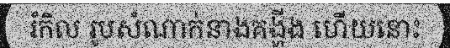
រំកិល រូបសំណាក់នាងគង្ហីង ហើយនោះ